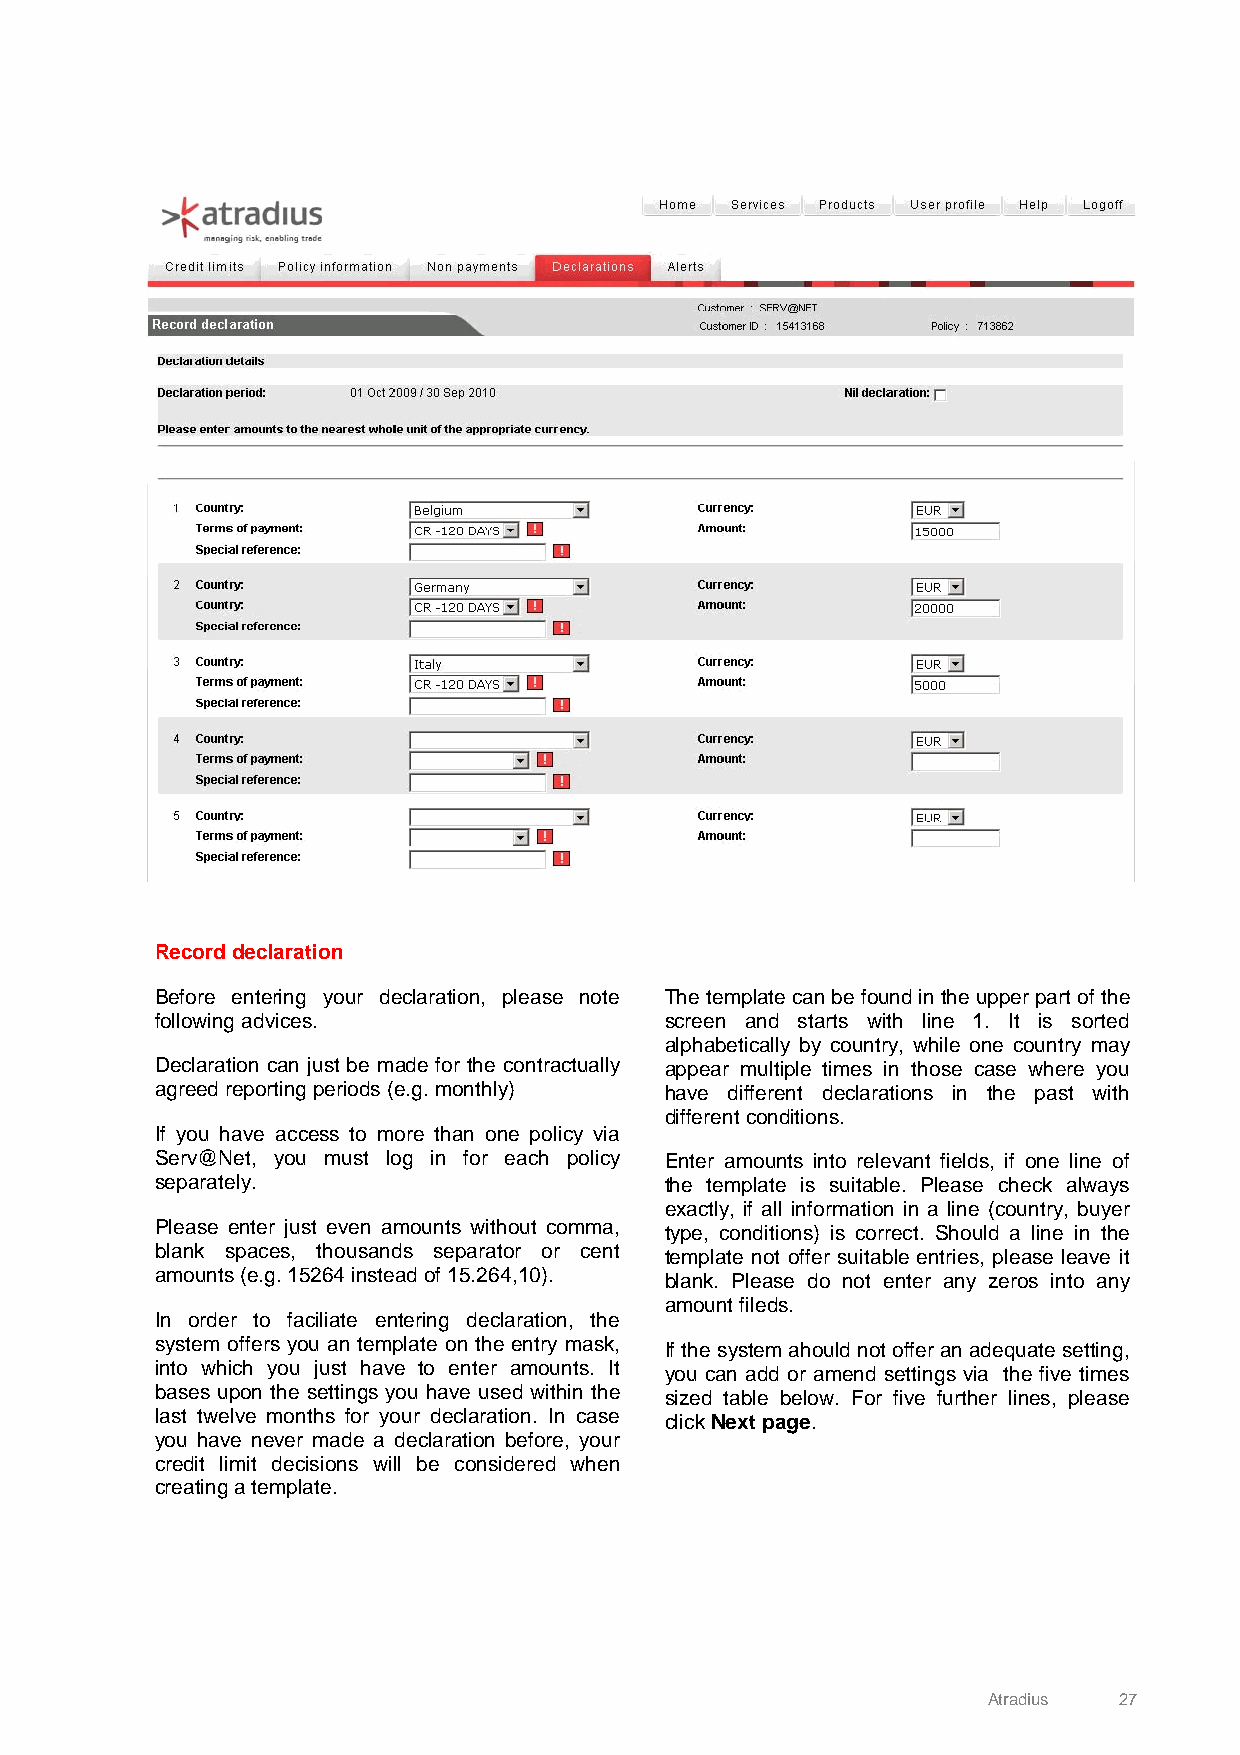
Record declaration
 Before entering your declaration, please note The template can be found in the upper part of the
 following advices.                screen and starts with line 1. It is sorted
 alphabetically by country, while one country may
 Declaration can just be made for the contractually appear multiple times in those case where you
 agreed reporting periods (e.g. monthly) have different declarations in the past with
 different conditions.
 If you have access to more than one policy via
 Serv@Net, you must log in for each policy Enter amounts into relevant fields, if one line of
 separately.                       the template is suitable. Please check always
 exactly, if all information in a line (country, buyer
 Please enter just even amounts without comma, type, conditions) is correct. Should a line in the
 blank spaces, thousands separator or cent template not offer suitable entries, please leave it
 amounts (e.g. 15264 instead of 15.264,10). blank. Please do not enter any zeros into any
 amount fileds.
 In order to faciliate entering declaration, the
 system offers you an template on the entry mask, If the system ahould not offer an adequate setting,
 into which you just have to enter amounts. It you can add or amend settings via the five times
 bases upon the settings you have used within the sized table below. For five further lines, please
 last twelve months for your declaration. In case click Next page.
 you have never made a declaration before, your
 credit limit decisions will be considered when
 creating a template.
 Atradius 27